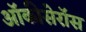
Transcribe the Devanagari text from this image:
ऑकीसेरॉस